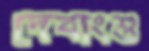
দেবাংশু